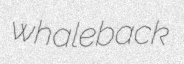
whaleback